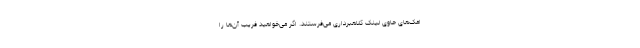
امک‌های حاوی لینک کلاهبرداری می‌فرستند. اگر می‌خواهید فریب آن‌ها را